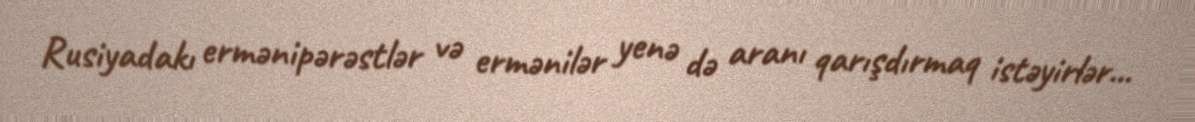
Rusiyadakı ermənipərəstlər və ermənilər yenə də aranı qarışdırmaq istəyirlər...